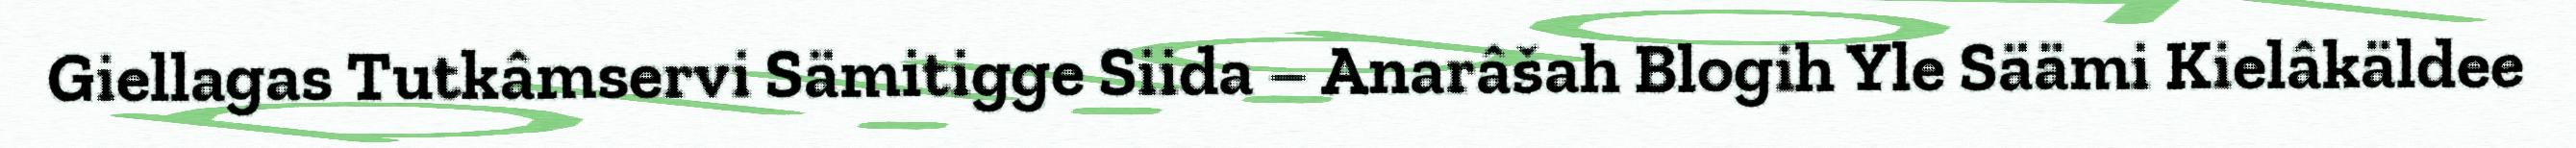
Giellagas Tutkâmservi Sämitigge Siida – Anarâšah Blogih Yle Säämi Kielâkäldee